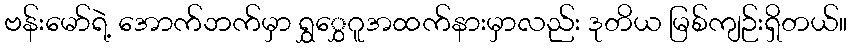
ဗန်းမော်ရဲ့ အောက်ဘက်မှာ ရွှွှေဂူအထက်နားမှာလည်း ဒုတိယ မြစ်ကျဉ်းရှိတယ်။